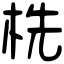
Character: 㭠